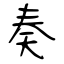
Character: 奏